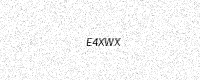
Text: E4XWX